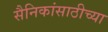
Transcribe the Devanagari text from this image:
सैनिकांसाठीच्या